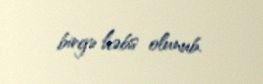
birgə həbs olunub.